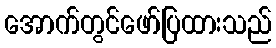
အောက်တွင်ဖော်ပြထားသည်